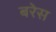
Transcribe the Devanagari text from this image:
बरेस